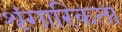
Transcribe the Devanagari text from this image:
शृंगारिकता